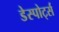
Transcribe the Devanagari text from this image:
डेस्पोर्ट्स